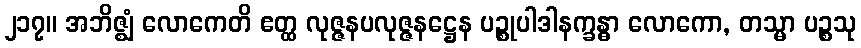
၂၁၇။ အဘိဇ္ဈံ လောကေတိ ဧတ္ထ လုဇ္ဇနပလုဇ္ဇနဋ္ဌေန ပဉ္စုပါဒါနက္ခန္ဓာ လောကော, တသ္မာ ပဉ္စသု